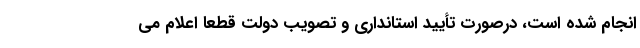
انجام شده است، درصورت تأیید استانداری و تصویب دولت قطعاً اعلام می